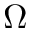
\Omega